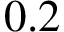
0 . 2